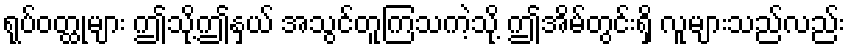
ရုပ်ဝတ္ထုများ ဤသို့ဤနှယ် အသွင်တူကြသကဲ့သို့ ဤအိမ်တွင်းရှိ လူများသည်လည်း